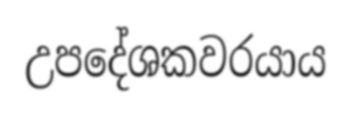
උපදේශකවරයාය